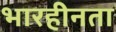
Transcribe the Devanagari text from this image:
भारहीनता